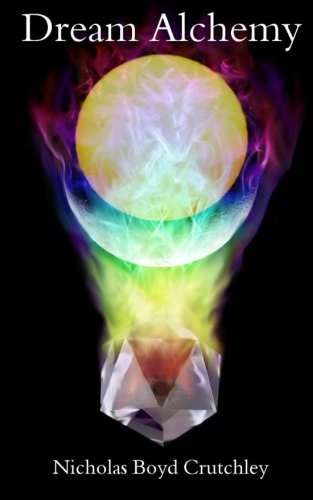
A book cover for Dream Alchemy (Life & Shadow Series) (Volume 1); Nicholas Boyd Crutchley; Science Fiction & Fantasy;